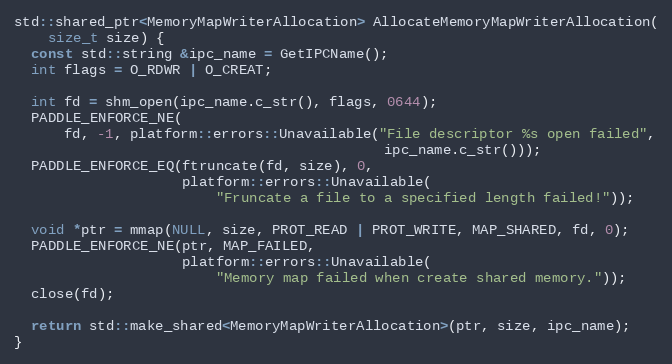
Language: C++
std::shared_ptr<MemoryMapWriterAllocation> AllocateMemoryMapWriterAllocation(
    size_t size) {
  const std::string &ipc_name = GetIPCName();
  int flags = O_RDWR | O_CREAT;

  int fd = shm_open(ipc_name.c_str(), flags, 0644);
  PADDLE_ENFORCE_NE(
      fd, -1, platform::errors::Unavailable("File descriptor %s open failed",
                                            ipc_name.c_str()));
  PADDLE_ENFORCE_EQ(ftruncate(fd, size), 0,
                    platform::errors::Unavailable(
                        "Fruncate a file to a specified length failed!"));

  void *ptr = mmap(NULL, size, PROT_READ | PROT_WRITE, MAP_SHARED, fd, 0);
  PADDLE_ENFORCE_NE(ptr, MAP_FAILED,
                    platform::errors::Unavailable(
                        "Memory map failed when create shared memory."));
  close(fd);

  return std::make_shared<MemoryMapWriterAllocation>(ptr, size, ipc_name);
}